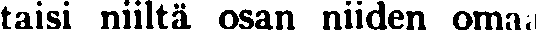
taisi niiltä osan niiden omaa